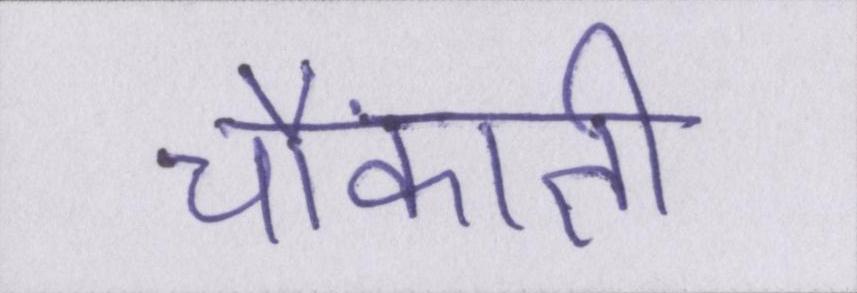
चौंकाती